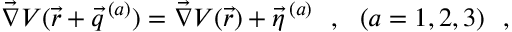
\vec { \nabla } V ( \vec { r } + \vec { q } ^ { \, ( a ) } ) = \vec { \nabla } V ( \vec { r } ) + \vec { \eta } ^ { \, ( a ) } ~ ~ , ~ ~ ( a = 1 , 2 , 3 ) ~ ~ ,